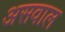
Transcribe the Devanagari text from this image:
असवाल